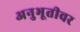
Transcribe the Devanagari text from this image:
अनुभूतीवर